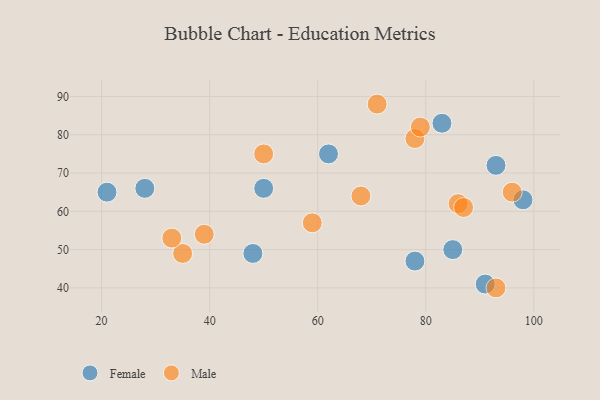
{"axis": {"x": "GDP", "y": "Life Expectancy"}, "legend": ["Female", "Male"], "data": [{"x": "48", "y": 49, "type": "Female"}, {"x": "85", "y": 50, "type": "Female"}, {"x": "93", "y": 72, "type": "Female"}, {"x": "21", "y": 65, "type": "Female"}, {"x": "98", "y": 63, "type": "Female"}, {"x": "83", "y": 83, "type": "Female"}, {"x": "91", "y": 41, "type": "Female"}, {"x": "28", "y": 66, "type": "Female"}, {"x": "78", "y": 47, "type": "Female"}, {"x": "62", "y": 75, "type": "Female"}, {"x": "50", "y": 66, "type": "Female"}, {"x": "86", "y": 62, "type": "Male"}, {"x": "78", "y": 79, "type": "Male"}, {"x": "96", "y": 65, "type": "Male"}, {"x": "71", "y": 88, "type": "Male"}, {"x": "35", "y": 49, "type": "Male"}, {"x": "93", "y": 40, "type": "Male"}, {"x": "59", "y": 57, "type": "Male"}, {"x": "39", "y": 54, "type": "Male"}, {"x": "33", "y": 53, "type": "Male"}, {"x": "68", "y": 64, "type": "Male"}, {"x": "79", "y": 82, "type": "Male"}, {"x": "87", "y": 61, "type": "Male"}, {"x": "50", "y": 75, "type": "Male"}]}